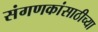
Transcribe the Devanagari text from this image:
संगणकांसाठीच्या